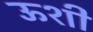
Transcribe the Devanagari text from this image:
ऊशी